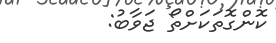
ކޮންގޮތަކަށްތޯ ޖަވާބު: